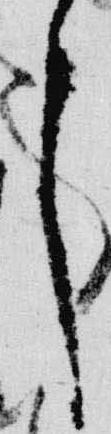
々